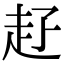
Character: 𧺐